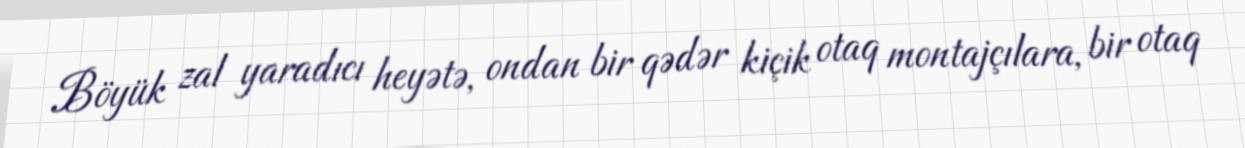
Böyük zal yaradıcı heyətə, ondan bir qədər kiçik otaq montajçılara, bir otaq